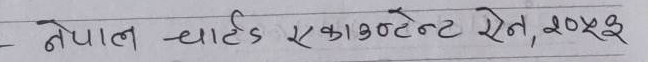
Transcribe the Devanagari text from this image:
नेपाल चार्टर्ड एकाउन्टेन्ट ऐन, २०५३